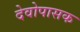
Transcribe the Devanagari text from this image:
देवोपासक